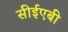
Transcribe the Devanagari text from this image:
सीईएबी